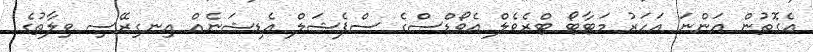
އެގޮތުން އަންނަ އަހަރު މަޓާޓޯ ޓްރެވެލް އެވޯޑްސްގެ ސްޕެޝަލް އެޑިޝަނެއް އިނގިރޭސި ވިލާތުގެ